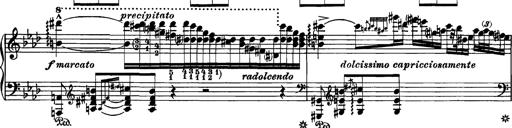
Title: Grandes Etudes
Composer: Franz Liszt